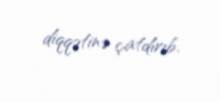
diqqətinə çatdırıb.